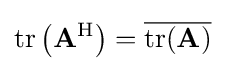
\operatorname {tr} \left(\mathbf {A} ^{\mathrm {H} }\right)={\overline {\operatorname {tr} (\mathbf {A} )}}